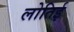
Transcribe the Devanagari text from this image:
लोतिई